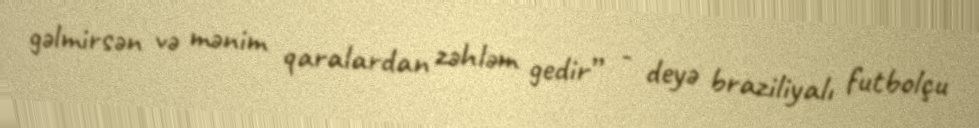
gəlmirsən və mənim qaralardan zəhləm gedir” - deyə braziliyalı futbolçu